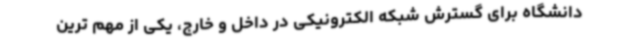
دانشگاه برای گسترش شبکه الکترونیکی در داخل و خارج، یکی از مهم ترین